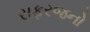
સફરજનો